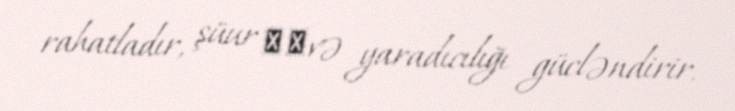
rahatladır, şüur ​​və yaradıcılığı gücləndirir.